Lunatic asylums Central Provinces reports 1910-1926 - 1910-1926
Year: 1910
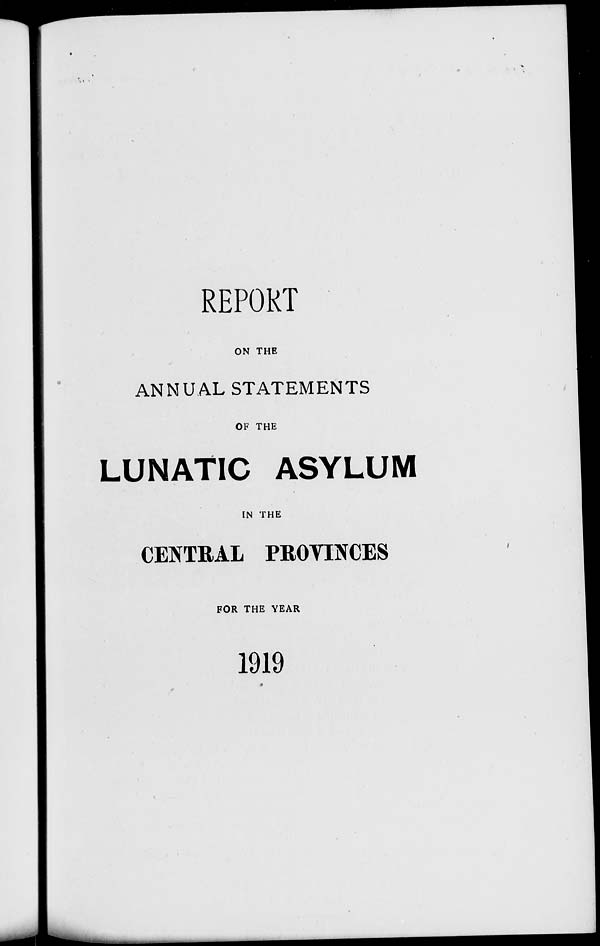
REPORT
ON THE
ANNUAL STATEMENTS
OF THE
LUNATIC ASYLUM
IN THE
CENTRAL PROVINCES
FOR THE YEAR
1919